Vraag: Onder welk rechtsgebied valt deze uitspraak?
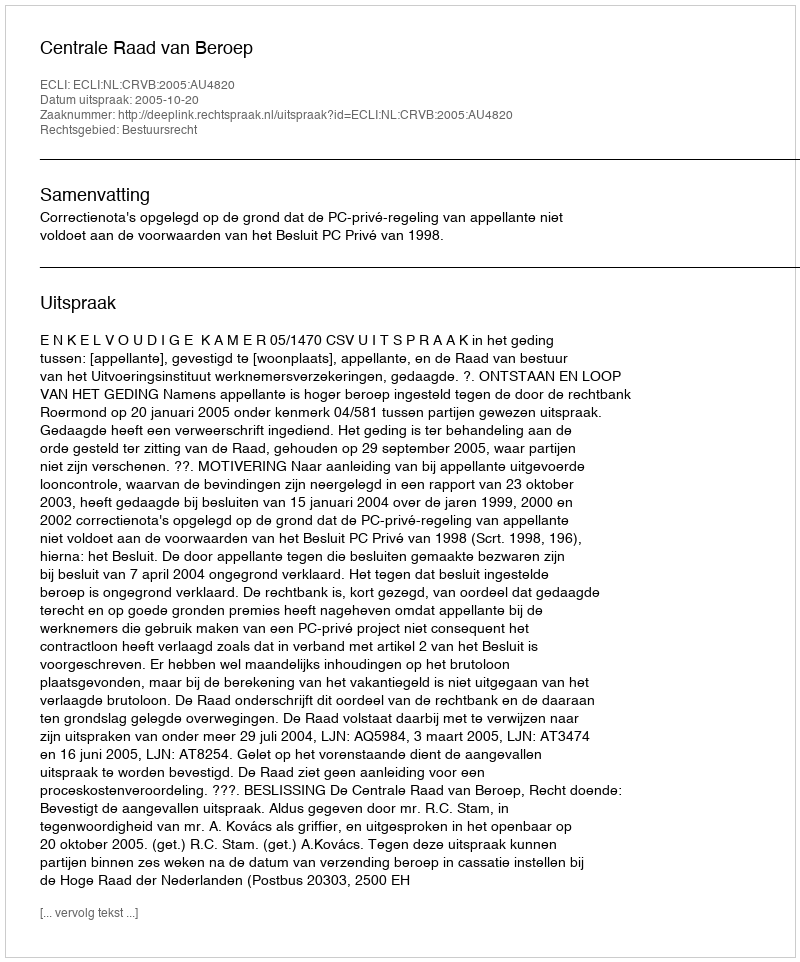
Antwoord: Bestuursrecht